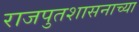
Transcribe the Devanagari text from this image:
राजपुतशासनाच्या